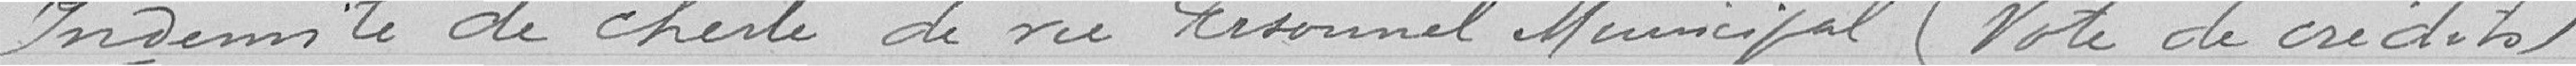
Indemnité de cherté de vie personnel municipal (vote de crédits)